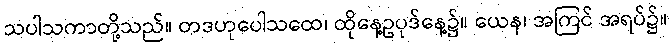
သပါသကာတို့သည်။ တဒဟုပေါသထေ၊ ထိုနေ့ဥပုဒ်နေ့၌။ ယေန၊ အကြင် အရပ်၌။